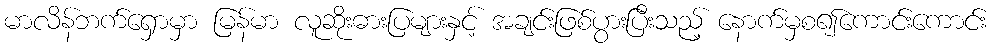
မာလိန်ဘက်ရှောမှာ မြန်မာ လူဆိုးဓားပြများနှင့် အချင်းဖြစ်ပွားပြီးသည့် နောက်မှစ၍ကောင်းကောင်း